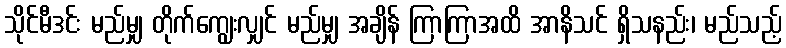
သိုင်မီဒင်း မည်မျှ တိုက်ကျွေးလျှင် မည်မျှ အချိန် ကြာကြာအထိ အာနိသင် ရှိသနည်း၊ မည်သည့်